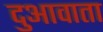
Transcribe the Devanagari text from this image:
दुआवाता